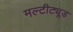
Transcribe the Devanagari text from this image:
मल्टीट्यूड